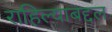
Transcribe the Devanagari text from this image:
राहिल्याबद्दल